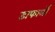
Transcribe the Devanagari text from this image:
डाफार्लो